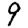
Digit: 9